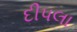
દીપલા